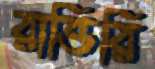
রাত্তিরি